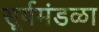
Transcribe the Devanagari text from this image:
सूर्यमंडळा